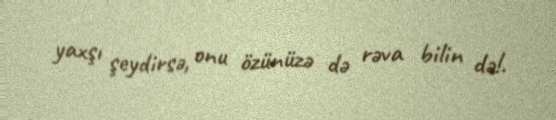
yaxşı şeydirsə, onu özünüzə də rəva bilin də!.